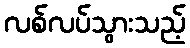
လစ်လပ်သွားသည့်